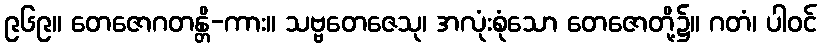
၉၆၉။ တေဇောဂတန္တိ-ကား။ သဗ္ဗတေဇေသု၊ အလုံးစုံသော တေဇောတို့၌။ ဂတံ၊ ပါဝင်